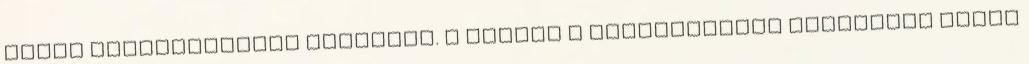
lassú gondolkodásra mutatnak. A régiek a megszületett gyermeken előbb